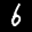
Label: 6